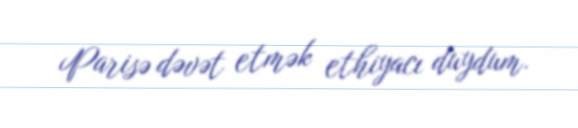
Parisə dəvət etmək ethiyacı duydum.